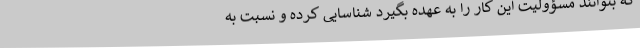
که بتوانند مسؤولیت این کار را به عهده بگیرد شناسایی کرده و نسبت به